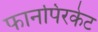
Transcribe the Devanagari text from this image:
फानपिरकेट